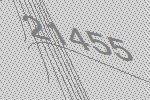
21455